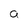
Character: a